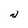
Character: N